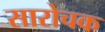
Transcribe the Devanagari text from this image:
सारोचक